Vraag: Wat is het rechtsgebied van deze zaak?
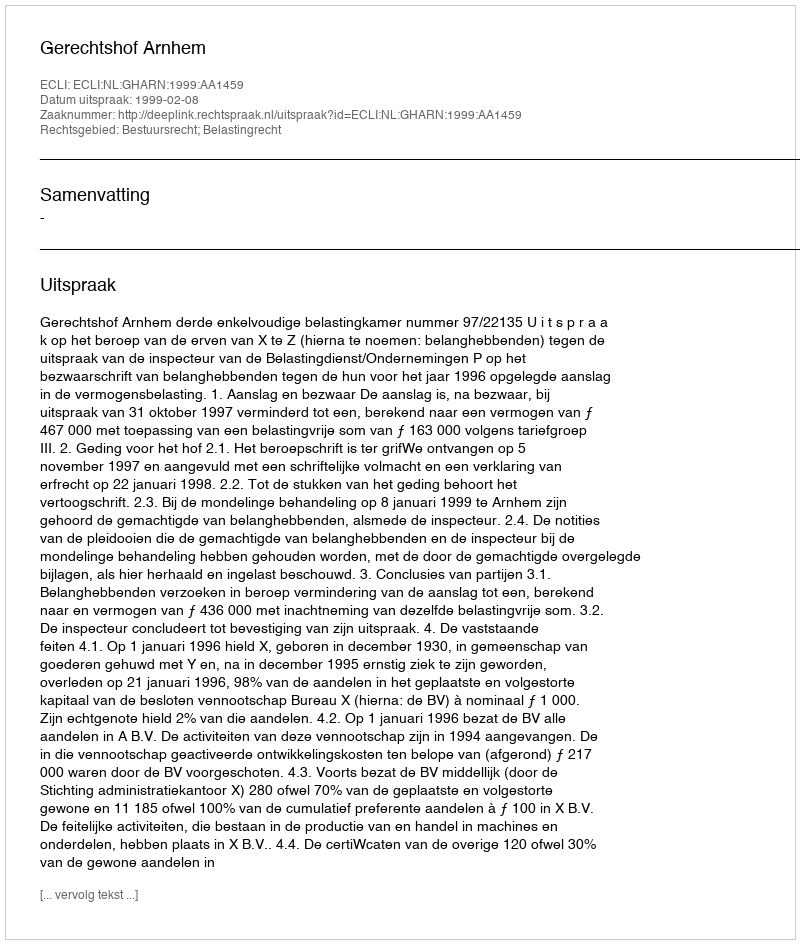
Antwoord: Bestuursrecht; Belastingrecht